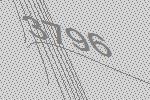
3796